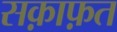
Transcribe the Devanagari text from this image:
सक़ाफ़त